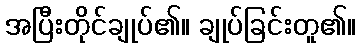
အပြီးတိုင်ချုပ်၏။ ချုပ်ခြင်းတူ၏။